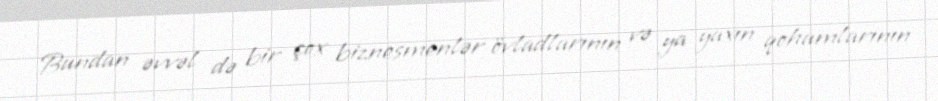
Bundan əvvəl də bir çox biznesmenlər övladlarının və ya yaxın qohumlarının